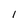
Character: 1